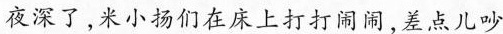
夜深了，米小扬们在床上打打闹闹，差点儿吵